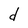
Character: d